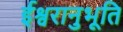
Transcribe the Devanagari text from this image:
ईश्वरानुभूति